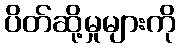
ပိတ်ဆို့မှုများကို